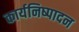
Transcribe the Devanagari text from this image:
कार्यनिष्‍पादन